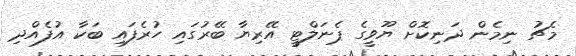
މެޗު ނިމެން ދަނިކޮށް ޔޫވީގެ ޕެނަލްޓީ އޭރިޔާ ބޭރުގައި ހުރެފައި ބަކާ އުފެއްދި